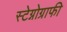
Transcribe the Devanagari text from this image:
स्टेग्नोग्राफी